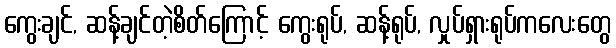
ကွေးချင်, ဆန့်ချင်တဲ့စိတ်ကြောင့် ကွေးရုပ်, ဆန့်ရုပ်, လှုပ်ရှားရုပ်ကလေးတွေ